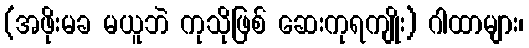
(အဖိုးမခ မယူဘဲ ကုသိုဖြစ် ဆေးကုရကျိုး) ဂါထာများ၊